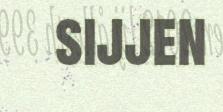
sijjen